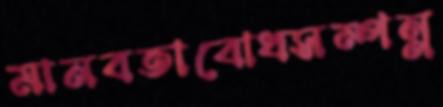
মানবতাবোধসম্পন্ন